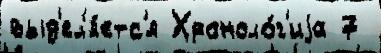
выд'ел'я́етс'я Хроноло́г'иjа 7